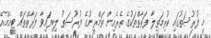
މި ފުރުސަތުގައި ކުރިމަތިލާ ފަރާތްތަކުގެ ތެރެއިން ތަމްރީނުގެ ފުރުސަތު ލިބިފައިވާ ފަރާތްތައް ޓީއެމްއޭ